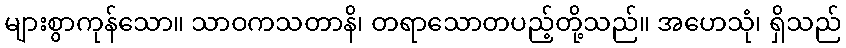
များစွာကုန်သော။ သာဝကသတာနိ၊ တရာသောတပည့်တို့သည်။ အဟေသုံ၊ ရှိသည်